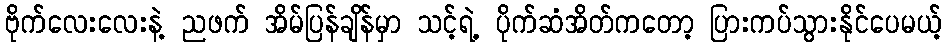
ဗိုက်လေးလေးနဲ့ ညဖက် အိမ်ပြန်ချိန်မှာ သင့်ရဲ့ ပိုက်ဆံအိတ်ကတော့ ပြားကပ်သွားနိုင်ပေမယ့်